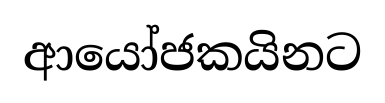
ආයෝජකයිනට